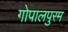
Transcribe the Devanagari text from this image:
गोपालपुरम